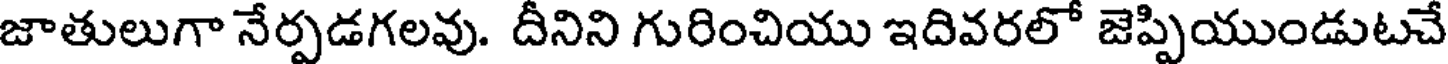
జాతులుగా నేర్పడగలవు. దీనిని గురించియు ఇదివరలో జెప్పియుండుటచే